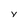
Character: y